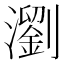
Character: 瀏